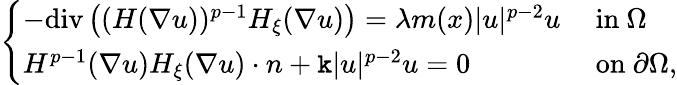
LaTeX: \left\{ \begin{array}{ll}{-\mathrm{div}\left((H(\nabla u))^{p-1}H_{\xi}(\nabla u)\right)=\lambda m(x)|u|^{p-2}u}&{\mathrm{~in~}\Omega}\\ {H^{p-1}(\nabla u)H_{\xi}(\nabla u)\cdot n+\mathtt k|u|^{p-2}u=0}&{\mathrm{~on~}\partial\Omega,}\end{array}\right.